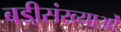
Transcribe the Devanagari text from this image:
बडी़संख्याओं